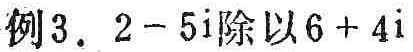
例3. \(2 - 5i\)除以\(6 + 4i\)